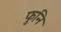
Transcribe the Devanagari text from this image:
फुनि